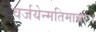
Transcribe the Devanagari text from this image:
वर्जयेन्मतिमान्नरः।